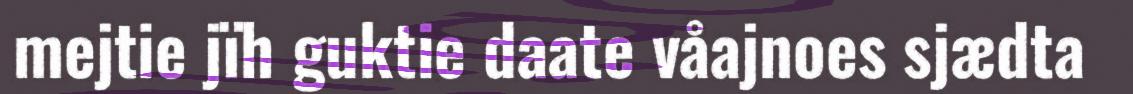
mejtie jïh guktie daate våajnoes sjædta